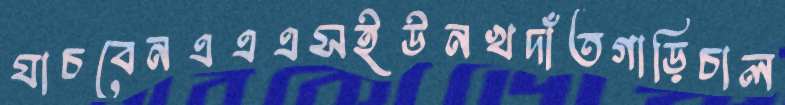
যাচবেনএএএসইউনখদাঁতগাড়িচাল